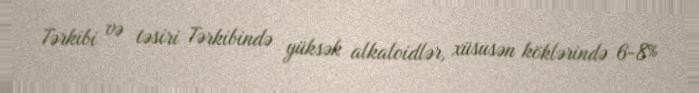
Tərkibi və təsiri Tərkibində yüksək alkaloidlər, xüsusən köklərində 6-8%